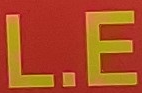
L.E